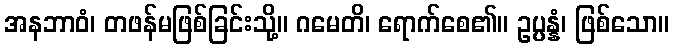
အနဘာဝံ၊ တဖန်မဖြစ်ခြင်းသို့။ ဂမေတိ၊ ရောက်စေ၏။ ဥပ္ပန္နံ၊ ဖြစ်သော။